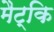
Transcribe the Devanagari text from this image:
मैट्कि